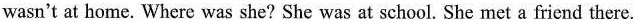
wasn't at home. Where was she? She was at school. She met a friend there.